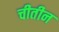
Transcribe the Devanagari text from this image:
चीतीन